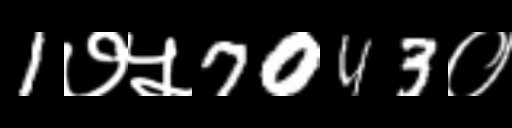
Text: 1७५7043०